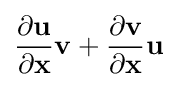
{\frac {\partial \mathbf {u} }{\partial \mathbf {x} }}\mathbf {v} +{\frac {\partial \mathbf {v} }{\partial \mathbf {x} }}\mathbf {u}